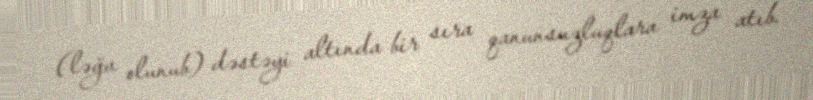
(ləğv olunub) dəstəyi altında bir sıra qanunsuzluqlara imza atıb.